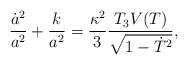
LaTeX: \begin{align*}\frac{\dot a^2}{a^2}+\frac{k}{a^2} = \frac{\kappa^2}{3} \frac{T_{3}V(T)}{\sqrt{1-\dot{T}^{2}}},\end{align*}